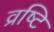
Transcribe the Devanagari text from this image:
व्रष्टि